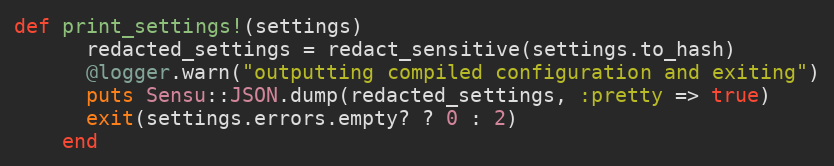
Language: Ruby
def print_settings!(settings)
      redacted_settings = redact_sensitive(settings.to_hash)
      @logger.warn("outputting compiled configuration and exiting")
      puts Sensu::JSON.dump(redacted_settings, :pretty => true)
      exit(settings.errors.empty? ? 0 : 2)
    end